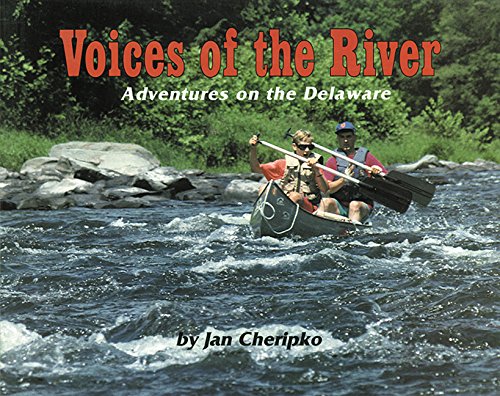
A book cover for Voices of the River: Adventures on the Delaware; Jan Cheripko; Travel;